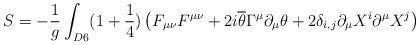
LaTeX: \begin{align*}S=-\frac{1}{g}\int_{D6}(1+\frac{1}{4})\left(F_{\mu\nu}F^{\mu\nu}+2i\overline{\theta}\Gamma^{\mu}\partial_{\mu}\theta+2\delta_{i,j}\partial_{\mu}X^i\partial^{\mu}X^j \right)\end{align*}